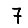
Digit: 7